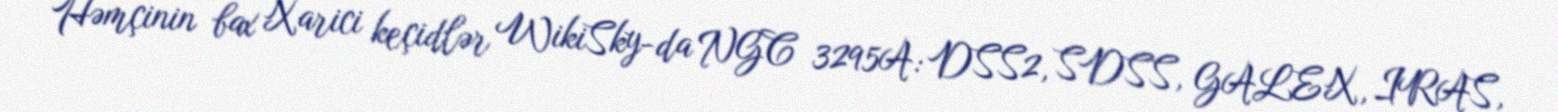
Həmçinin bax Xarici keçidlər WikiSky-da NGC 3295A: DSS2, SDSS, GALEX, IRAS,